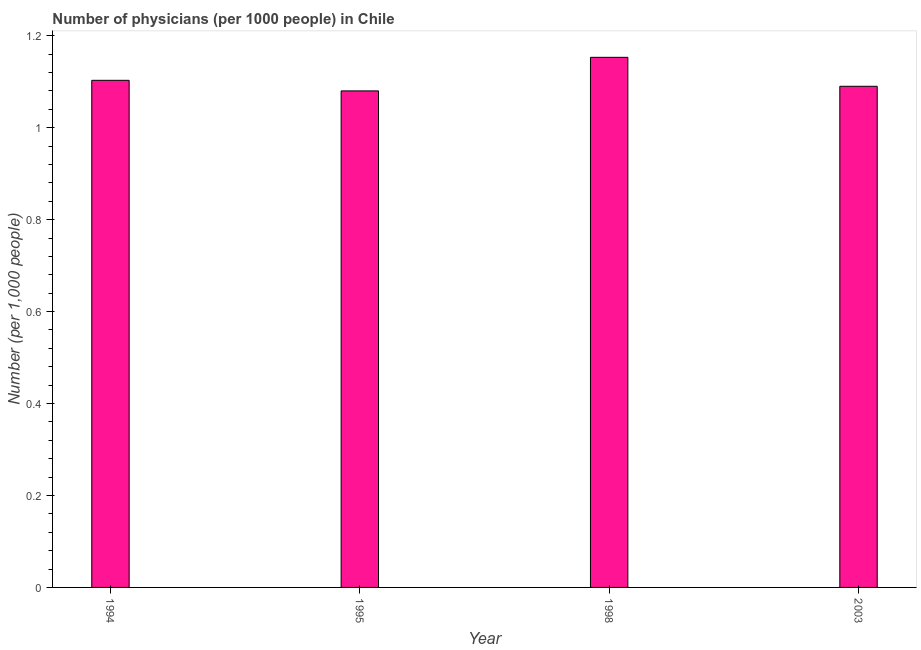
| Year | Physicians |
 | --- | --- |
 | 1994 | 1.1 |
 | 1995 | 1.08 |
 | 1998 | 1.15 |
 | 2003 | 1.09 |